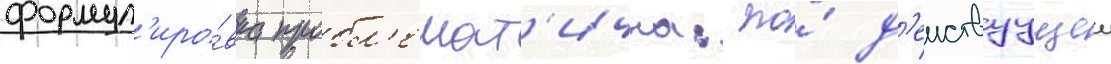
формул'иро́вка пробл'емат'ична: по́ д'еиствуущеи